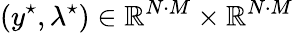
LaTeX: (y^{\star},\lambda^{\star})\in\mathbb{R}^{N\cdot M}\times\mathbb{R}^{N\cdot M}